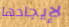
لإيجادها